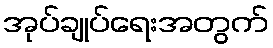
အုပ်ချုပ်ရေးအတွက်